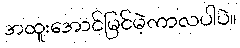
အထူးအောင်မြင်မဲ့ကာလပါပဲ။